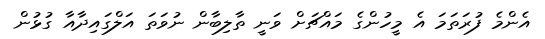
އެންމެ ފުރަތަމަ އެ މީހުންގެ މައްޗަށް ވަނީ ތާލިބާން ނުވަތަ އަލްގައިދާއާ ގުޅުން